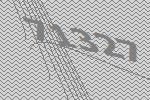
71327